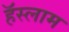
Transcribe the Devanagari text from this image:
हॅस्लाम